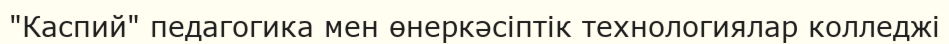
"Каспий" педагогика мен өнеркәсіптік технологиялар колледжі